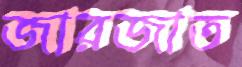
জারজাত